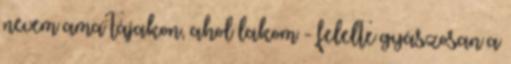
nevem ama tájakon, ahol lakom - felelte gyászosan a